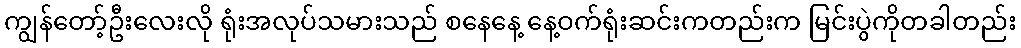
ကျွန်တော့်ဦးလေးလို ရုံးအလုပ်သမားသည် စနေနေ့ နေ့ဝက်ရုံးဆင်းကတည်းက မြင်းပွဲကိုတခါတည်း